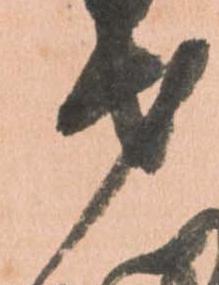
才